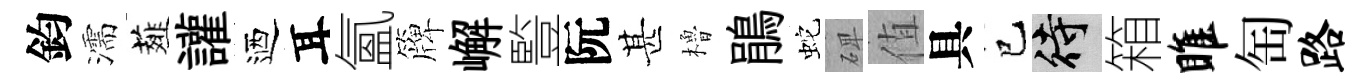
鈞濡薤讙迺耳氳簰嶰䜿阮甚櫓鵑蛇𥓓值具已待箱雎匋路